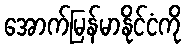
အောက်မြန်မာနိုင်ငံကို